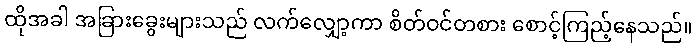
ထိုအခါ အခြားခွေးများသည် လက်လျှော့ကာ စိတ်ဝင်တစား စောင့်ကြည့်နေသည်။